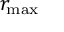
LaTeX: r _ { \mathrm { m a x } }